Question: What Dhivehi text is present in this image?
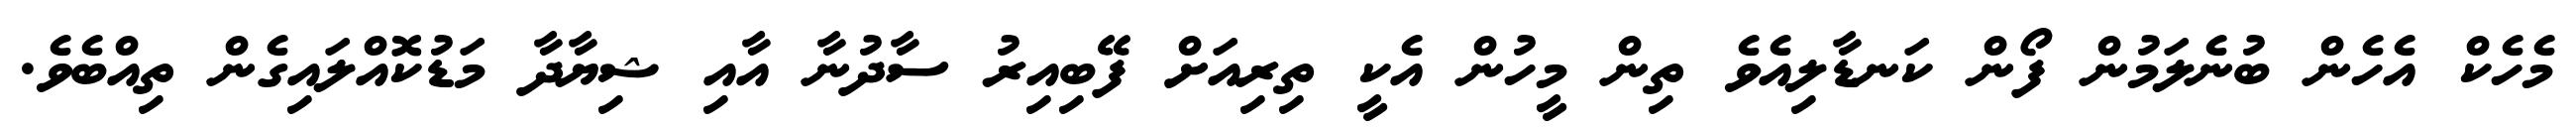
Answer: މެހެކް އެހެން ބުނެލަމުން ފޯން ކަނޑާލިއެވެ ތިން މީހުން އެކީ ތިރިއަށް ފޭބިއިރު ސާދުނާ އާއި ޝިޔާދާ މަޑުކޮއްލައިގެން ތިއްބެވެ.